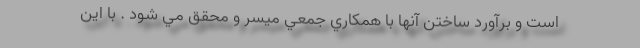
است و برآورد ساختن آنها با همكاري جمعي ميسر و محقق مي شود . با اين